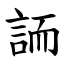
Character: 䛔